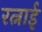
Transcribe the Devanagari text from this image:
रत्नाई